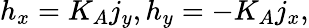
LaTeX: h_{x}=K_{A}j_{y},h_{y}=-K_{A}j_{x},